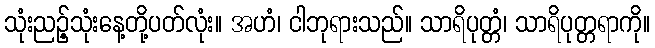
သုံးညဉ့်သုံးနေ့တို့ပတ်လုံး။ အဟံ၊ ငါဘုရားသည်။ သာရိပုတ္တံ၊ သာရိပုတ္တရာကို။